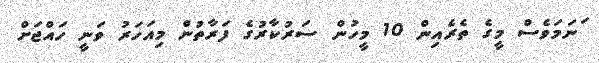
ަނަމަވެސް މީގެ ތެރެއިން 10 މީހުން ސަރުކާރުގެ ފަރާތުން މިއަހަރު ވަނީ ހައްޖަށް